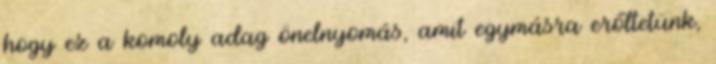
hogy ez a komoly adag önelnyomás, amit egymásra erőltetünk,